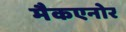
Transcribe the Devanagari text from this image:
मैकएनोर